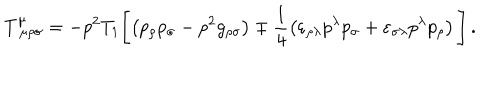
T _ { \ \mu \rho \sigma } ^ { \mu } = - p ^ { 2 } T _ { 1 } \Biggl [ \left( p _ { \rho } p _ { \sigma } - p ^ { 2 } g _ { \rho \sigma } \right) \mp \frac { 1 } { 4 } \left( \varepsilon _ { \rho \lambda } p ^ { \lambda } p _ { \sigma } + \varepsilon _ { \sigma \lambda } p ^ { \lambda } p _ { \rho } \right) \Biggl ] \, .